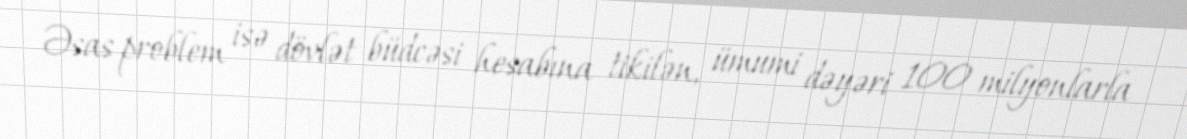
Əsas problem isə dövlət büdcəsi hesabına tikilən, ümumi dəyəri 100 milyonlarla